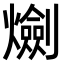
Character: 𤑯